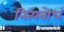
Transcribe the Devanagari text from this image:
नित्यबोधं